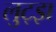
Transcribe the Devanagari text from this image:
लुट्झ